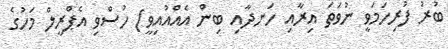
ބުރު ފުރިހަމަވީ ނުވަތަ އިރާއި ހަނދާއި ބިން އެއްއުއިވީ) ހުސްވި އެޕްރީލް މަހުގެ